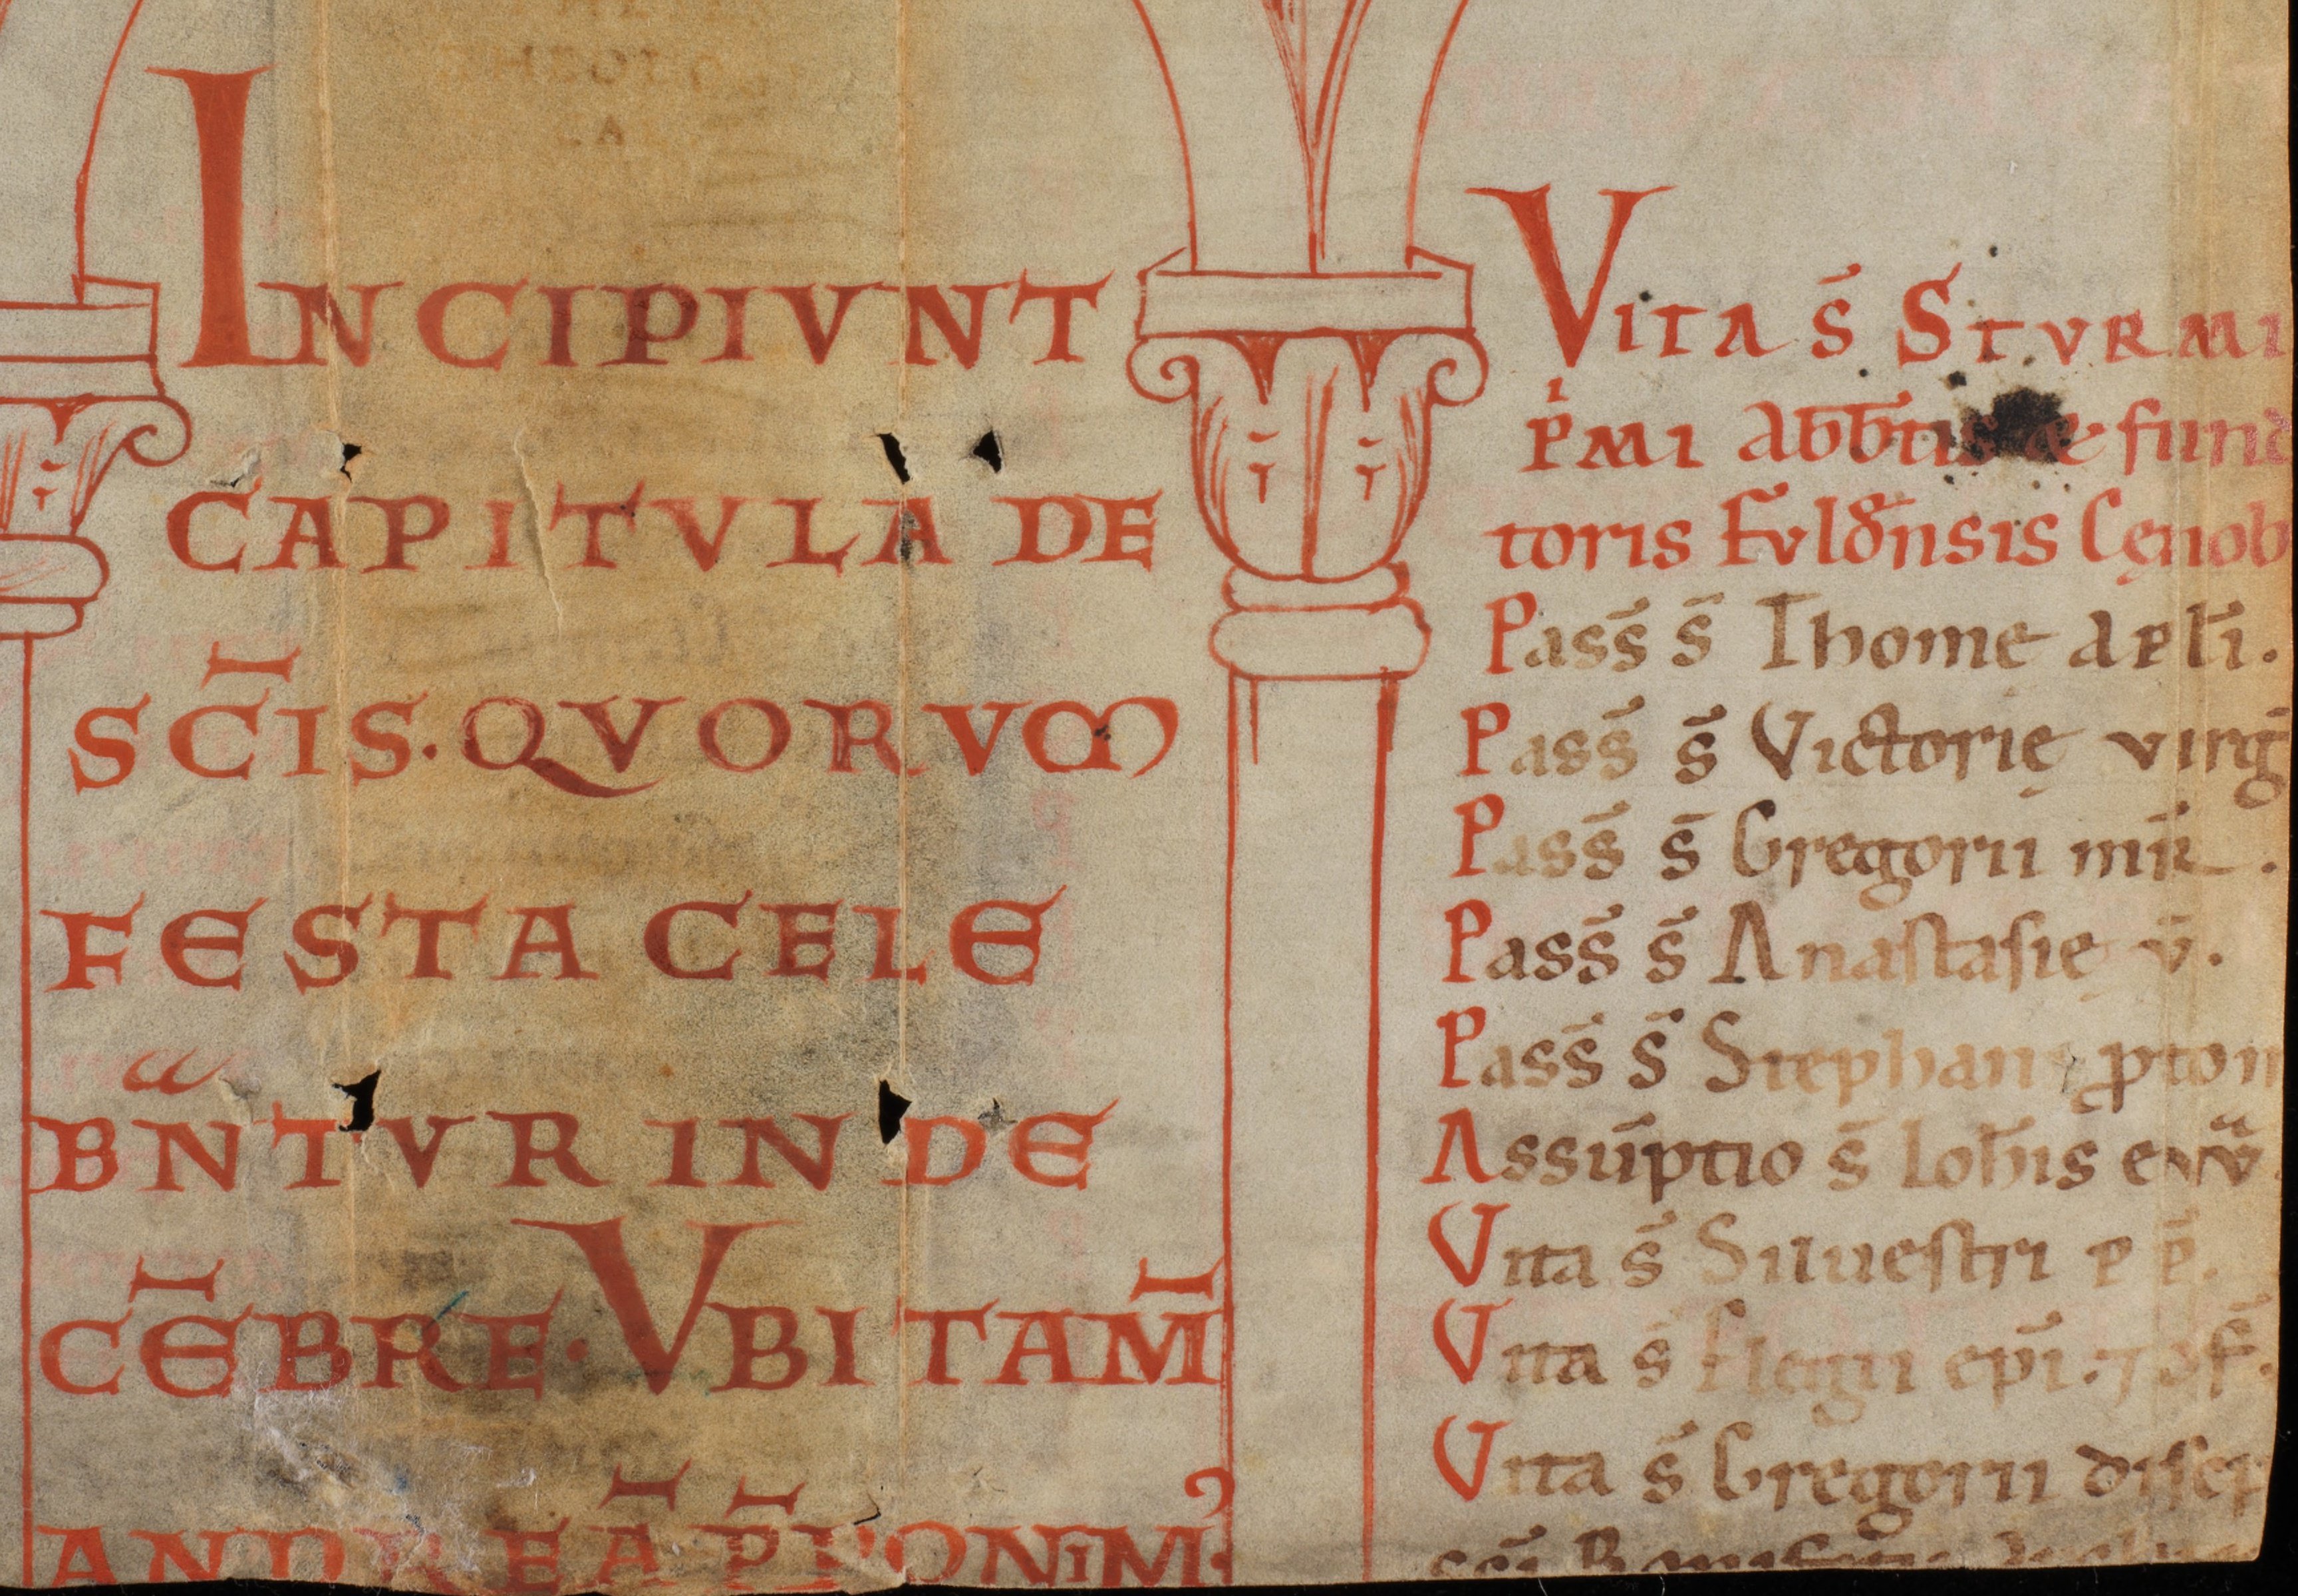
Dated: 1141–1170